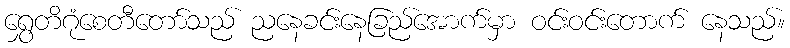
ရွှေတိဂုံစေတီတော်သည် ညနေခင်းနေခြည်အောက်မှာ ဝင်းဝင်းတောက် နေသည်။